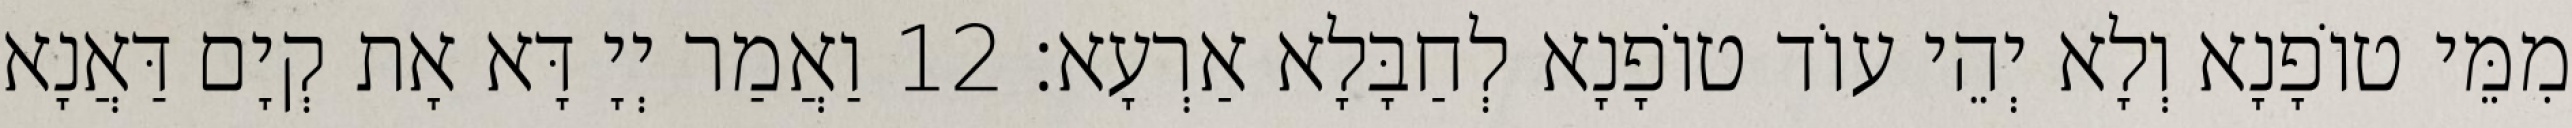
מִמֵּי טוֹפָנָא וְלָא יְהֵי עוֹד טוֹפָנָא לְחַבָּלָא אַרְעָא׃ 12 וַאֲמַר יְיָ דָּא אָת קְיָם דַּאֲנָא